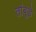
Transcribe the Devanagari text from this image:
तांबूडे